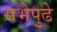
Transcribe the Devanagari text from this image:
सभेपुढे